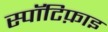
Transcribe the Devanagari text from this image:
स्पॉटिफ़ाइ